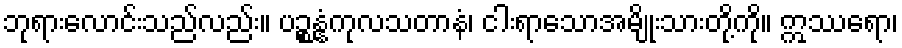
ဘုရားလောင်းသည်လည်း။ ပဉ္စန္နံကုလသတာနံ၊ ငါးရာသောအမျိုးသားတို့ကို။ ဣဿရော၊